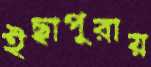
ইছাপুরায়